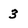
Character: 3